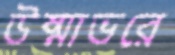
উষ্মাভরে